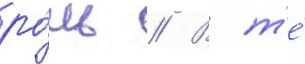
ро́ль // В т'е́